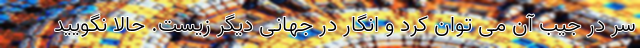
سر در جَیب آن می توان کرد و انگار در جهانی دیگر زیست. حالا نگویید